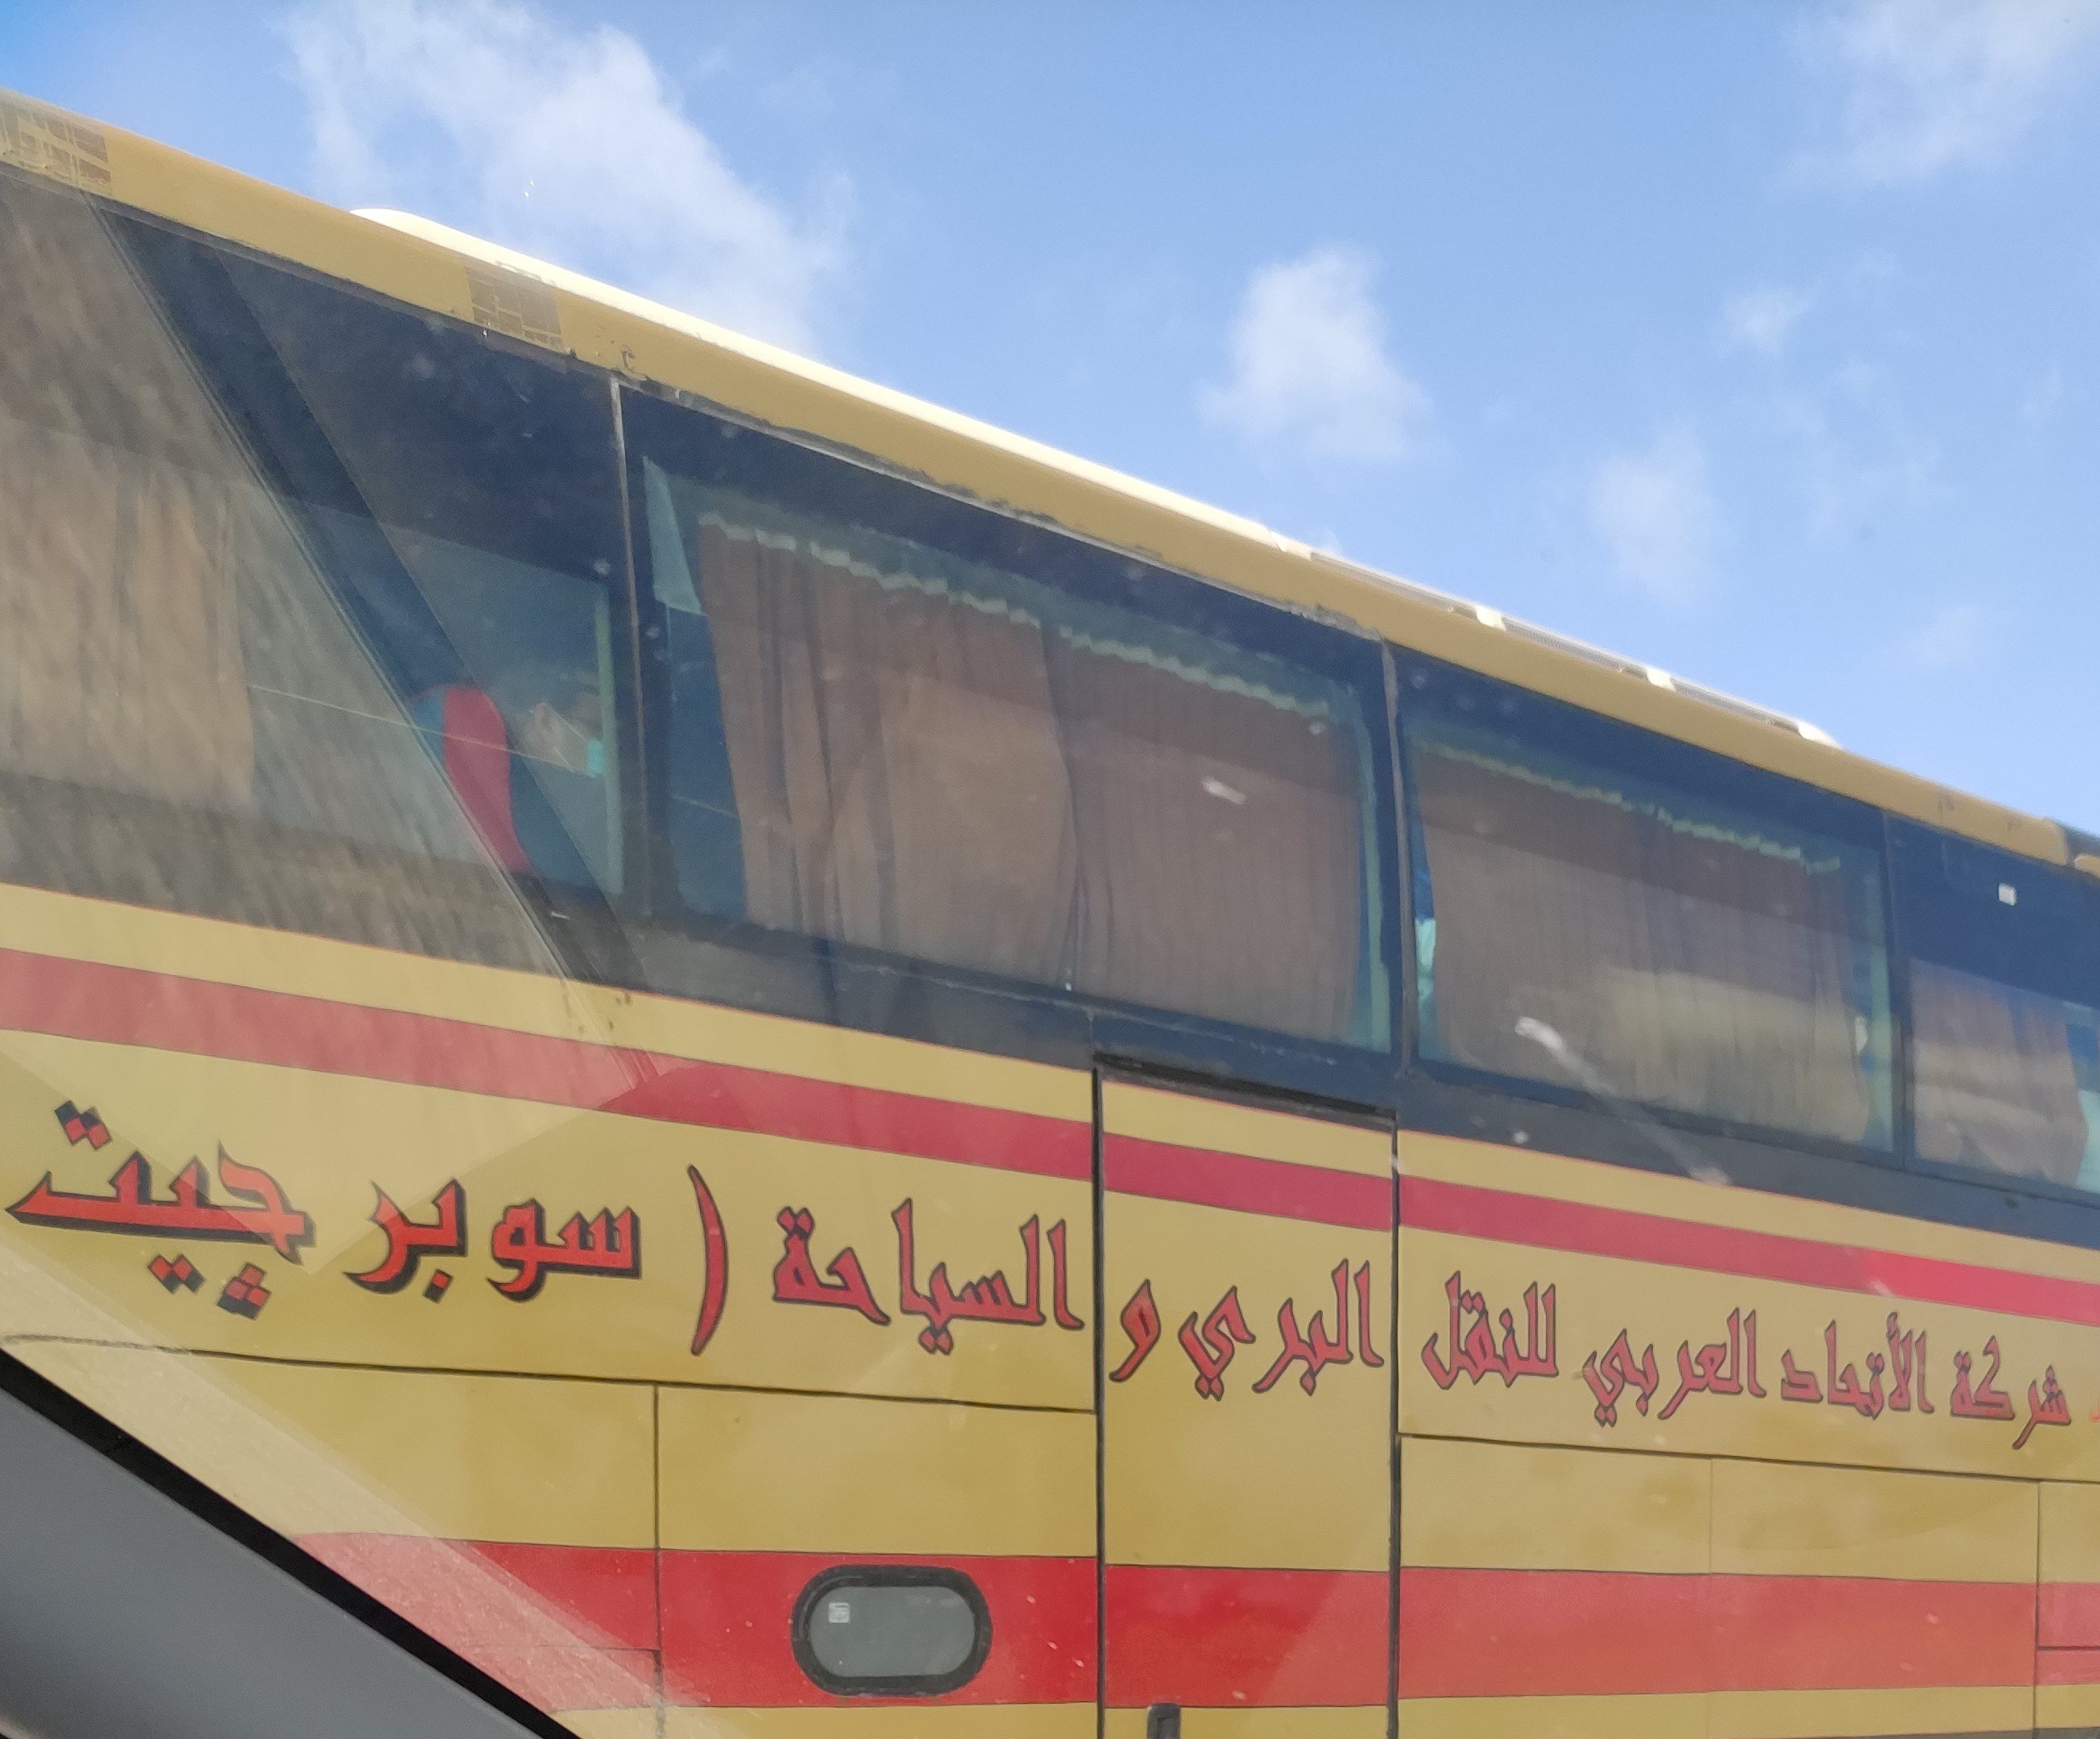
Text in image: جيت سوبر السياحة البري و للنقل العربي الأتحاد شركة